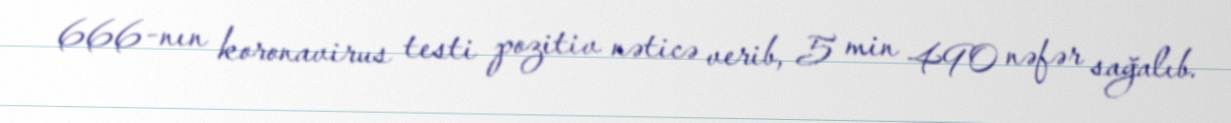
666-nın koronavirus testi pozitiv nəticə verib, 5 min 490 nəfər sağalıb.